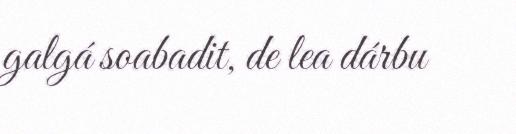
galgá soabadit, de lea dárbu